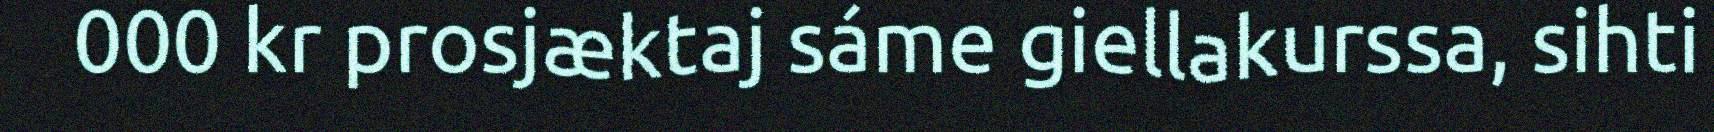
000 kr prosjæktaj sáme giellakurssa, sihti